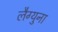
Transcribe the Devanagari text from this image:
लैग्युना